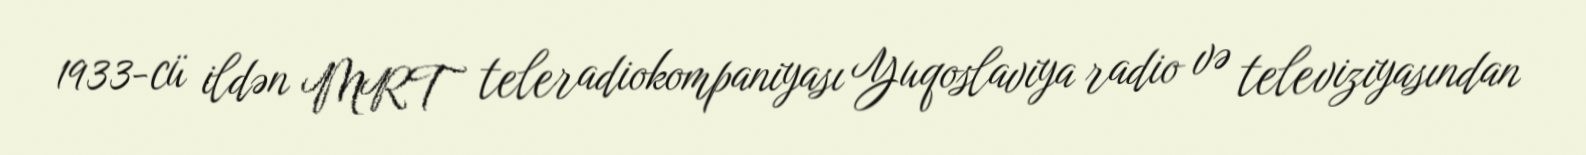
1933-cü ildən MRT teleradiokompaniyası Yuqoslaviya radio və televiziyasından